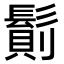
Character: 𩮆